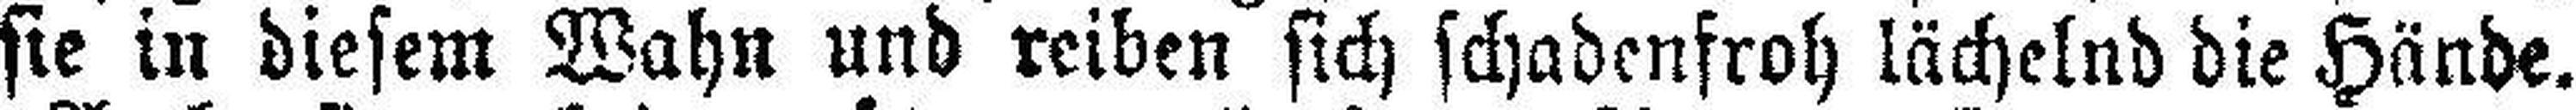
sie in diesem Wahn und reiben sich schadenfroh lächelnd die Hände.